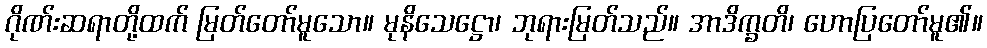
ဂိုဏ်းဆရာတို့ထက် မြတ်တော်မူသော။ မုနိသေဋ္ဌော၊ ဘုရားမြတ်သည်။ အာဒိက္ခတိ၊ ဟောပြတော်မူ၏။